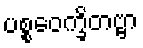
ပစ္စဝေက္ခိတဗ္ဗာ